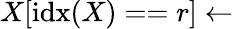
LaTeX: X[\textrm{idx}(X)==r]\leftarrow